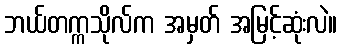
ဘယ်တက္ကသိုလ်က အမှတ် အမြင့်ဆုံးလဲ။